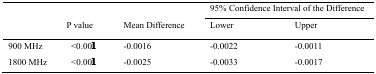
| <ROWSPAN=3>  | <ROWSPAN=3> P value | <ROWSPAN=3> Mean Difference | <COLSPAN=2> 95% Confidence Interval of the Difference |
 | Lower | Upper |
 | --- | --- | --- | --- | --- |
 | 900 MHz | <0.001 | -0.0016 | -0.0022 | -0.0011 |
 | 1800 MHz | <0.001 | -0.0025 | -0.0033 | -0.0017 |